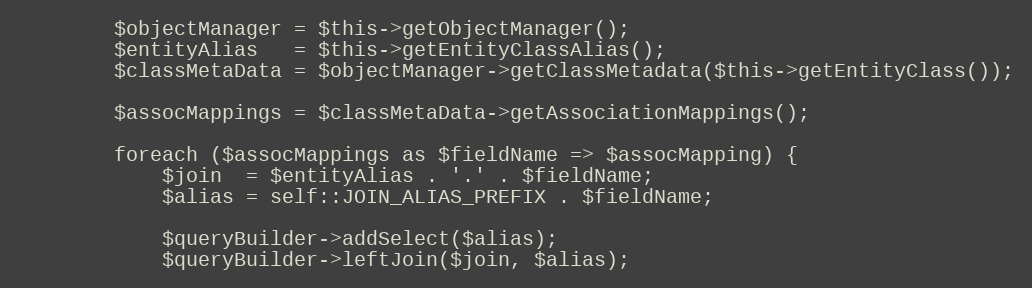
Language: PHP
        $objectManager = $this->getObjectManager();
        $entityAlias   = $this->getEntityClassAlias();
        $classMetaData = $objectManager->getClassMetadata($this->getEntityClass());

        $assocMappings = $classMetaData->getAssociationMappings();

        foreach ($assocMappings as $fieldName => $assocMapping) {
            $join  = $entityAlias . '.' . $fieldName;
            $alias = self::JOIN_ALIAS_PREFIX . $fieldName;

            $queryBuilder->addSelect($alias);
            $queryBuilder->leftJoin($join, $alias);